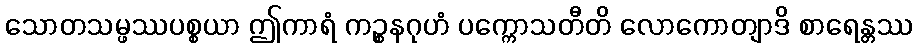
သောတသမ္ဖဿပစ္စယာ ဤကာရံ ကဉ္စနဂုဟံ ပက္ကောသတီတိ လောကောတျာဒိ စာရေန္တဿ